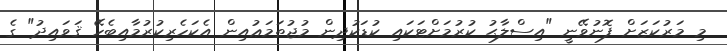
މި މަރުކަޒަށް ފޮނުވޭނީ "އިސްލާޙު ކުރުމަށްޓަކައި ކުޑަކުދިން މުޖުތަމަޢުއިން އެކަހެރިކުރުމާއިބެހޭ ޤަވައިދު" ގެ